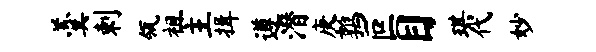
羹剌瓴祖主揖遵潜庚鹑叵目琪代妙